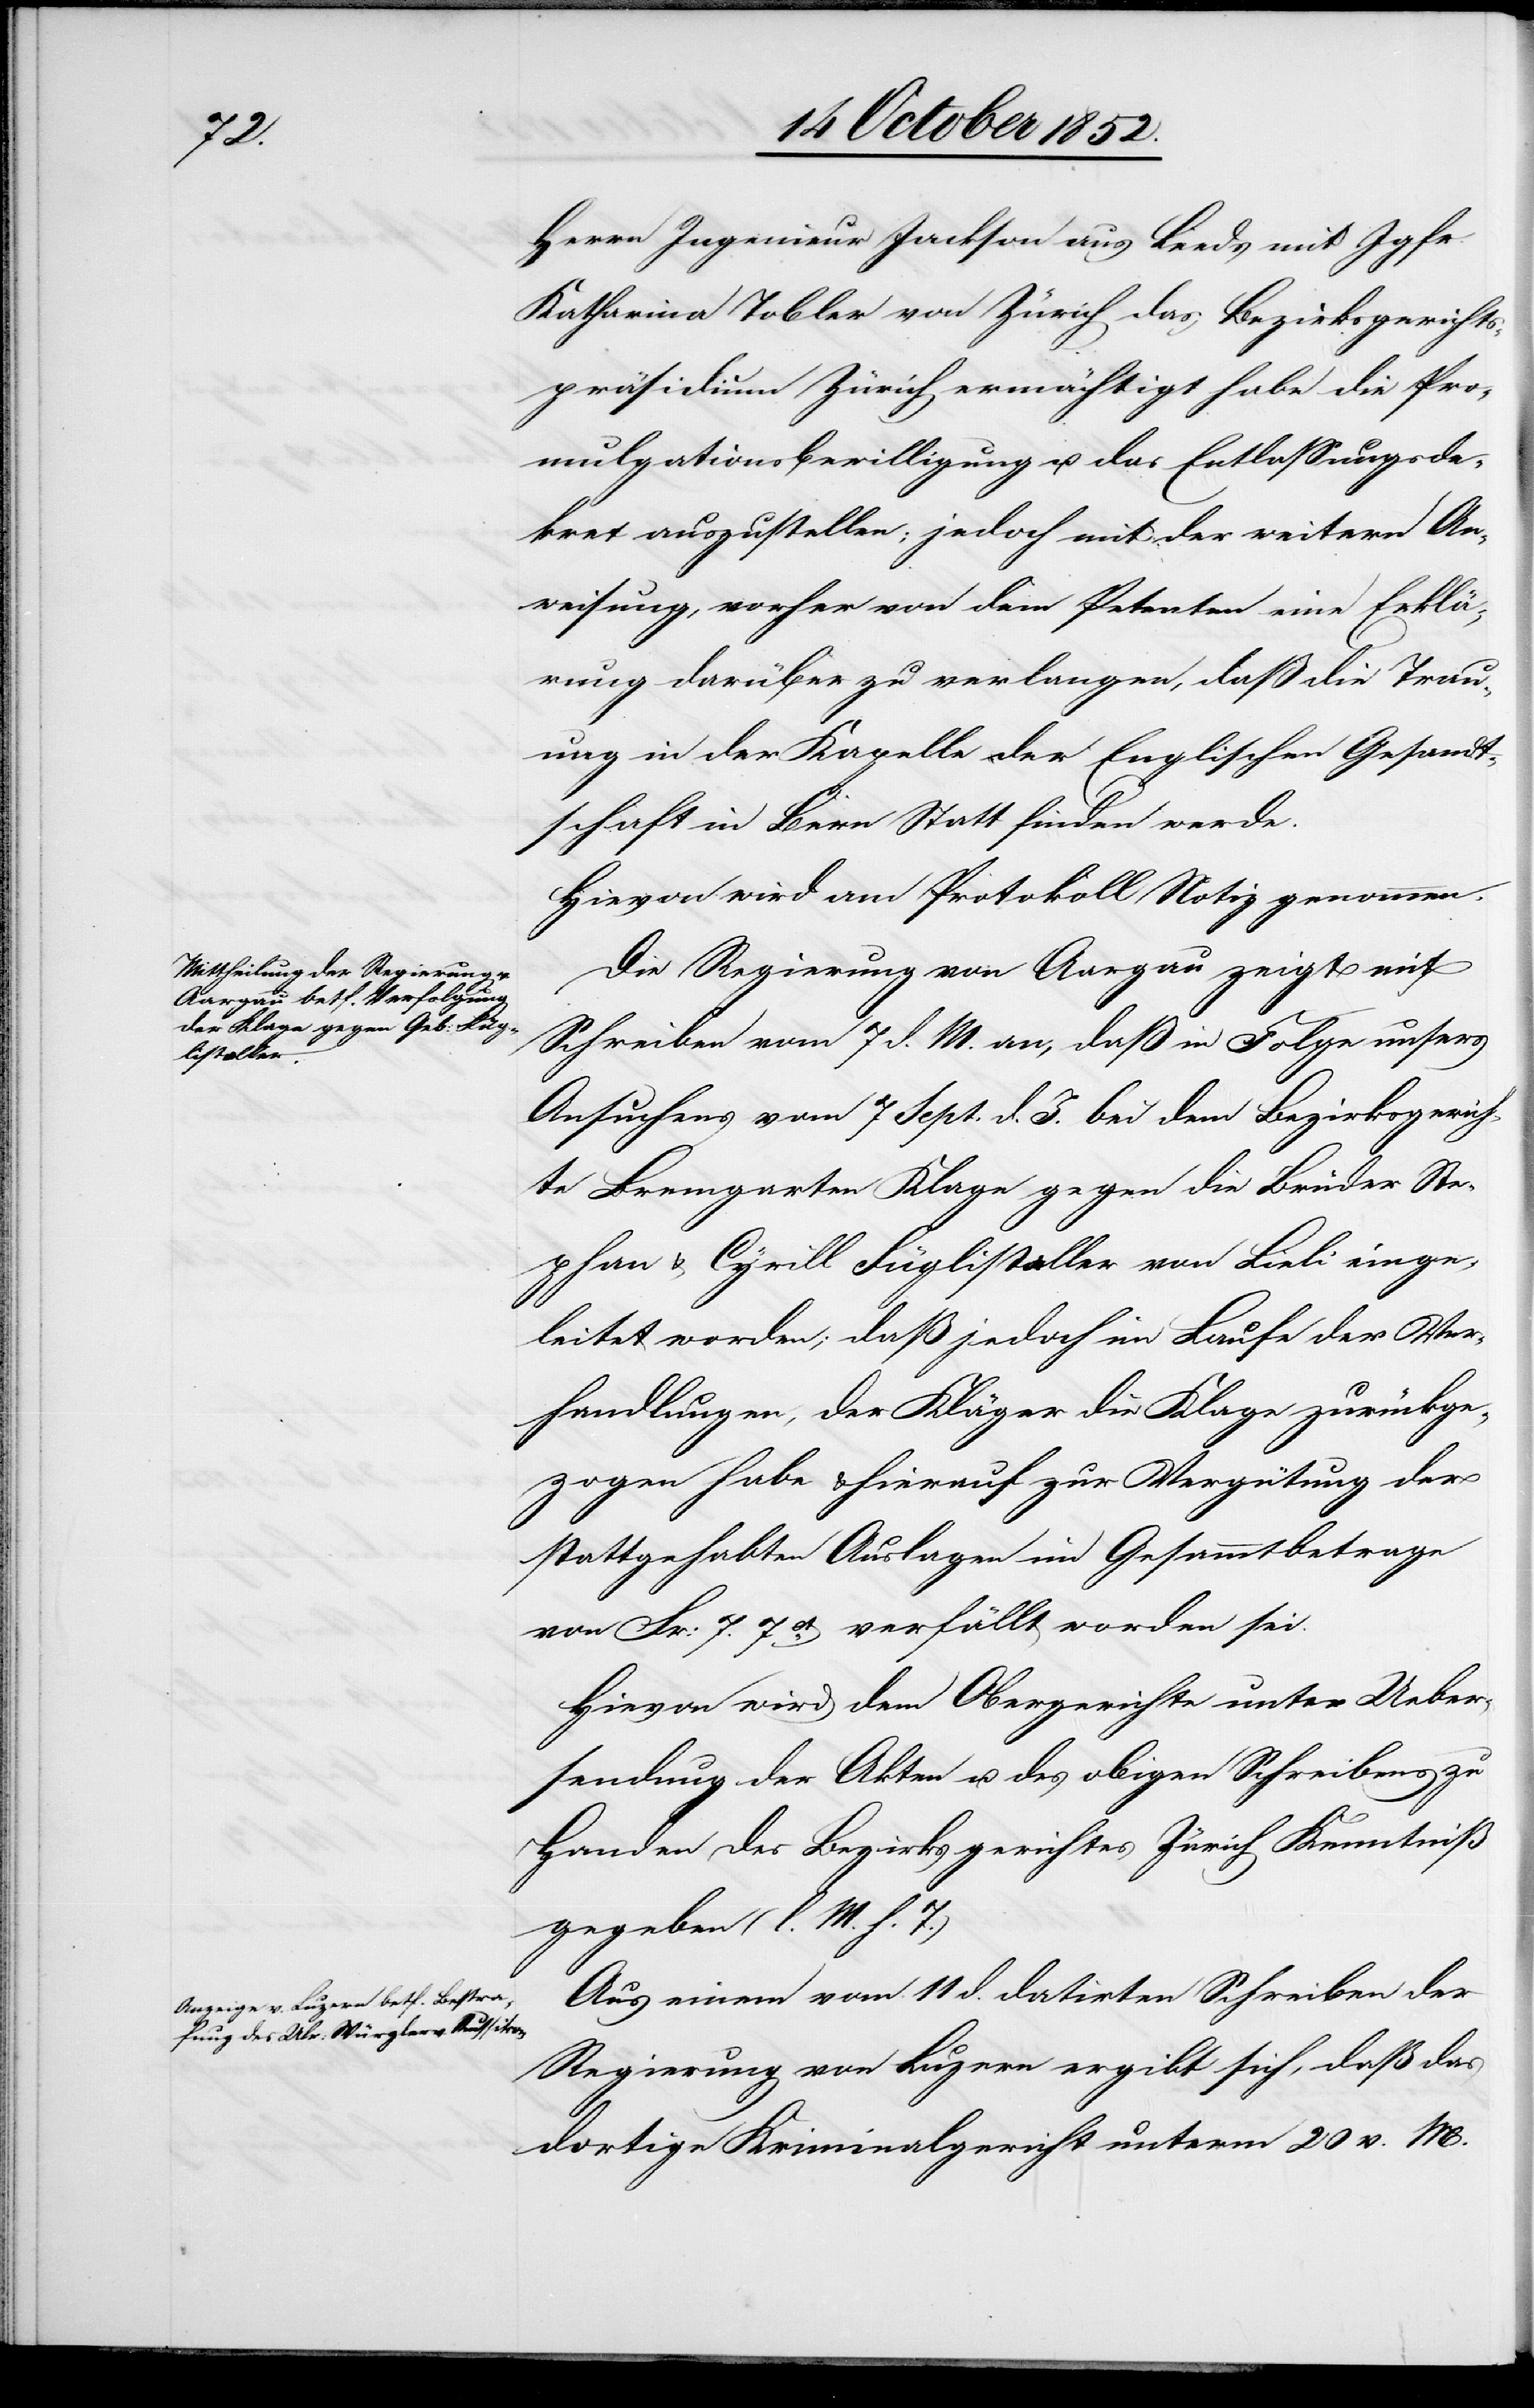
Herrn Ingenieur Jackson aus Leeds mit Jgfr.
Katharina Tobler von Zürich das Bezirksgerichts¬
präsidium Zürich ermächtigt habe die Pro¬
mulgationsbewilligung u. das Entlassungsde¬
kret auszustellen; jedoch mit der weitern An¬
weisung, vorher von dem Petenten eine Erklä¬
rung darüber zu verlangen, daß die Trau¬
ung in der Kapelle der Englischen Gesandt¬
schaft in Bern Statt finden werde.
Hievon wird am Protokoll Notiz genommen.
Die Regierung von Aargau zeigt mit
Schreiben vom 7 d. M. an, daß in Folge unsers
Ansuchens vom 7 Sept. d. J. bei dem Bezirksgerich¬
te Bremgarten Klage gegen die Brüder Ste¬
phan & Cyrill Füglistaller von Lieli einge¬
leitet worden; daß jedoch im Laufe der Ver¬
handlungen, der Kläger die Klage zurückge¬
zogen habe & hierauf zur Vergütung der
stattgehabten Auslagen im Gesammtbetrage
von Fr: 7. 7ct. verfällt worden sei.
Hievon wird dem Obergerichte unter Ueber¬
sendung der Akten u. des obigen Schreibens zu
Handen des Bezirksgerichtes Zürich Kenntniß
gegeben (l. M. h. T.)
Aus einem vom 11 d. datirten Schreiben der
Regierung von Luzern ergibt sich, daß das
dortige Kriminalgericht unterm 20 v. M.